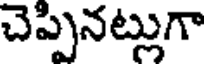
చెప్పినట్లుగా